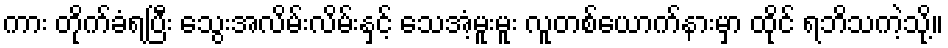
ကား တိုက်ခံရပြီး သွေးအလိမ်းလိမ်းနှင့် သေအံ့မူးမူး လူတစ်ယောက်နားမှာ ထိုင် ရဘိသကဲ့သို့။